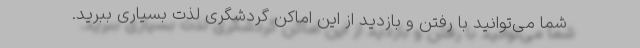
شما می‌توانید با رفتن و بازدید از این اماکن گردشگری لذت بسیاری ببرید.